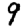
Digit: 9